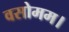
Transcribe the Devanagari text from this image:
वसोमम।